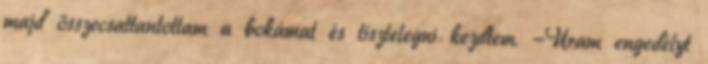
majd összecsattantottam a bokámat és tisztelegni kezdtem. -Uram engedélyt